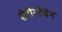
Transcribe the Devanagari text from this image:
सेटीस्‍टेबेन